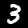
Label: 3